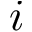
i